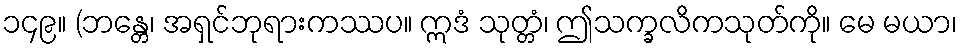
၁၄၉။ (ဘန္တေ၊ အရှင်ဘုရားကဿပ။ ဣဒံ သုတ္တံ၊ ဤသက္ခလိကသုတ်ကို။ မေ မယာ၊